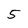
Character: 5